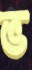
ভ